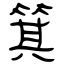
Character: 箕